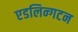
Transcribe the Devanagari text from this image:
एडलिन्गटन